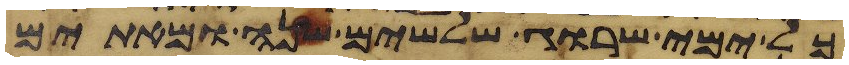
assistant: כל ימי שרוג שלשים שנה ומאתים